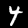
Digit: 4